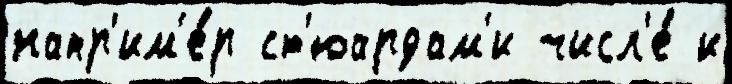
напр'им'е́р ст'юардам'и числ'е́ и